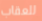
للعقاب